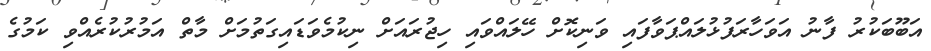
އަބޫބަކުރު ފާނު އަވަހާރަފުޅުލައްޕަވާފައި ވަނިކޮށް ހޭލައްވައި ހިޖުރައަށް ނިކުމެވަޑައިގަތުމަށް މާތް އަމުރުކުރެއްވި ކަމުގެ